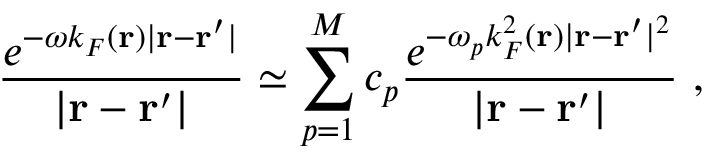
\frac { e ^ { - \omega k _ { F } ( \mathbf { r } ) | \mathbf { r } - \mathbf { r } ^ { \prime } | } } { | \mathbf { r } - \mathbf { r } ^ { \prime } | } \simeq \sum _ { p = 1 } ^ { M } c _ { p } \frac { e ^ { - \omega _ { p } k _ { F } ^ { 2 } ( \mathbf { r } ) | \mathbf { r } - \mathbf { r } ^ { \prime } | ^ { 2 } } } { | \mathbf { r } - \mathbf { r } ^ { \prime } | } \ ,